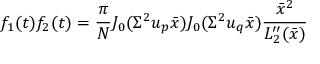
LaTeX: f _ { 1 } ( t ) f _ { 2 } ( t ) = \frac { \pi } { N } J _ { 0 } ( \Sigma ^ { 2 } u _ { p } \bar { x } ) J _ { 0 } ( \Sigma ^ { 2 } u _ { q } \bar { x } ) \frac { \bar { x } ^ { 2 } } { { \cal L } _ { 2 } ^ { \prime \prime } ( \bar { x } ) }